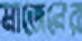
মাজেনের